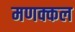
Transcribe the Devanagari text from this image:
मणक्कल